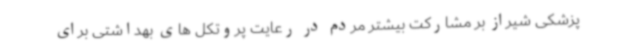
پزشکی شیراز بر مشارکت بیشتر مردم در رعایت پروتکل های بهداشتی برای